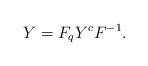
LaTeX: \begin{align*}Y=F_qY^cF^{-1}.\end{align*}